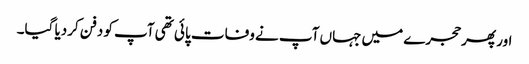
اور پھر حجرے میں جہاں آپ نے وفات پائی تھی آپ کو دفن کردیا گیا۔